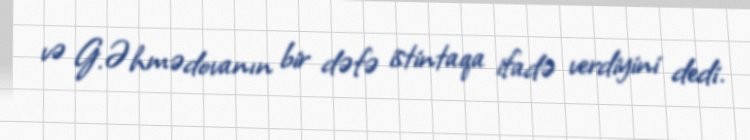
və G.Əhmədovanın bir dəfə istintaqa ifadə verdiyini dedi.